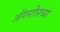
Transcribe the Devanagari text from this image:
ऑगस्टीनच्या